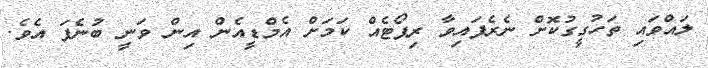
ލައްވައި ތަހުގީގުކޮށް ނެރެފައިވާ ރިޕޯޓެއް ކަމަށް އެމްޑީއެން އިން ވަނީ ބުނެފަ އެވެ.